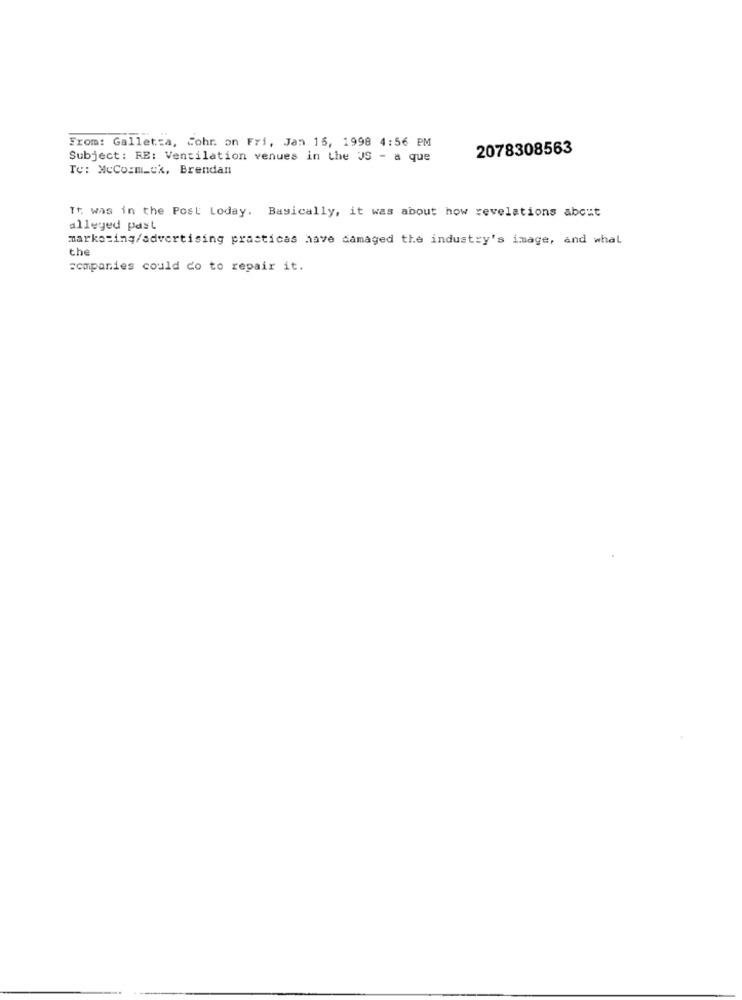
From: Galletta, Cohr. on Fri, Jan 15, 1998 4:56 PM
2078308563
Subject: RE: Ventilation venues in the US - a que
Te: McCormick, Brendan
Tr. was in the Post Loday. Basically, it was about how revelations about
alleged past
marketing/advertising practicas have damaged the industry's image, and what
the
companies could do to repair it.